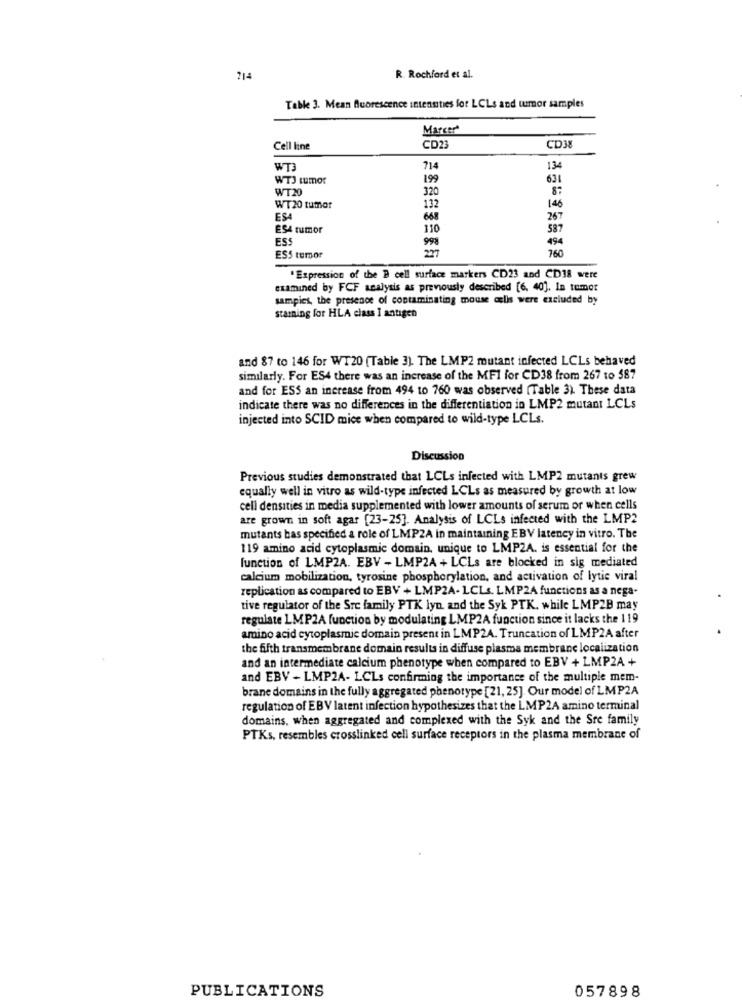
714
R. Rochford et al.
Table 3. Mean fluorescence intensities for LCLs and umor samples
Marcer
Cell line
CD23
CD38
WT3
714
134
WTJ tumor
199
634
WT20
320
87
140
WT20 tumor
132
ES
68
267
ES4 tumor
110
587
ESS
998
494
227
760
ESS tumor
"Expression of the B cell surface markers CD23 and CD38 were
examined by FCF analysis as previously described [6, 40]. In tumor
samples, the presence of contaminating mouse colis were excluded by
stamning for HLA class I antigen
and 87 to 146 for WT20 (Table 3). The LMP2 mutant infected LCLs behaved
similarly. For ES4 there was an increase of the MFI for CD38 from 267 to 587
and for ESS an increase from 494 to 760 was observed (Table 3). These data
indicate there was no differences in the differentiation in LMP2 mutant LCLs
injected into SCID mice when compared to wild-type LCLs.
Discussion
Previous studies demonstrated that LCLs infected with LMP2 mutants grew
equally well in vitro as wild-type infected LCLs as measured by growth at low
cell densities in media supplemented with lower amounts of serum or when cells
are grown in soft agar [23-25]. Analysis of LCLs infected with the LMP2
mutants bas specified a role of LMP2A in maintaining EBV latency in vitro. The
119 amino acid cytoplasmic domain, unique to LMP2A. is essential for the
function of LMP2A. EBV - LMP2A + LCLs are blocked in sig mediated
calcium mobilization, tyrosine phosphorylation, and activation of lytic viral
replication as compared to EBV + LMP2A- LCLs. LMP2A functions as a nega-
tive regulator of the Src family PTK lyn, and the Syk PTK. while LMP2B may
regulate LMP2A function by modulating LMP2A function since it lacks the 119
amino acid cytoplasmic domain present in LMP2A. Truncation of LMP2A after
the fifth transmembrane domain results in diffuse plasma membrane localization
and an intermediate calcium phenotype when compared to EBV + LMP2A +
and EBV - LMP2A- LCLs confirming the importance of the multiple mem-
brane domains in the fully aggregated phenotype [21, 25]. Our model of LMP2A
regulation of EBV latent infection hypothesizes that the LMP2A amino terminal
domains, when aggregated and complexed with the Syk and the Sre family
PTKs, resembles crosslinked cell surface receptors in the plasma membrane of
PUBLICATIONS
057898